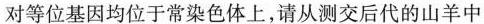
对等位基因均位于常染色体上，请从测交后代的山羊中